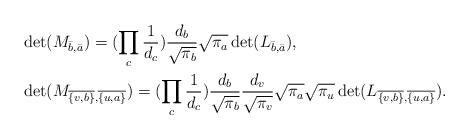
LaTeX: \begin{align*} &\det(M_{\bar{b},\bar{a}})=(\prod_c \frac{1}{d_c})\frac{d_b}{\sqrt{\pi_b}}\sqrt{\pi_a} \det(L_{\bar{b},\bar{a}}),\\ &\det(M_{\overline{\{v,b\}},\overline{\{u,a\}}})=(\prod_c \frac{1}{d_c})\frac{d_b}{\sqrt{\pi_b}}\frac{d_v}{\sqrt{\pi_v}}\sqrt{\pi_a}\sqrt{\pi_u}\det(L_{\overline{\{v,b\}},\overline{\{u,a\}}}).\end{align*}